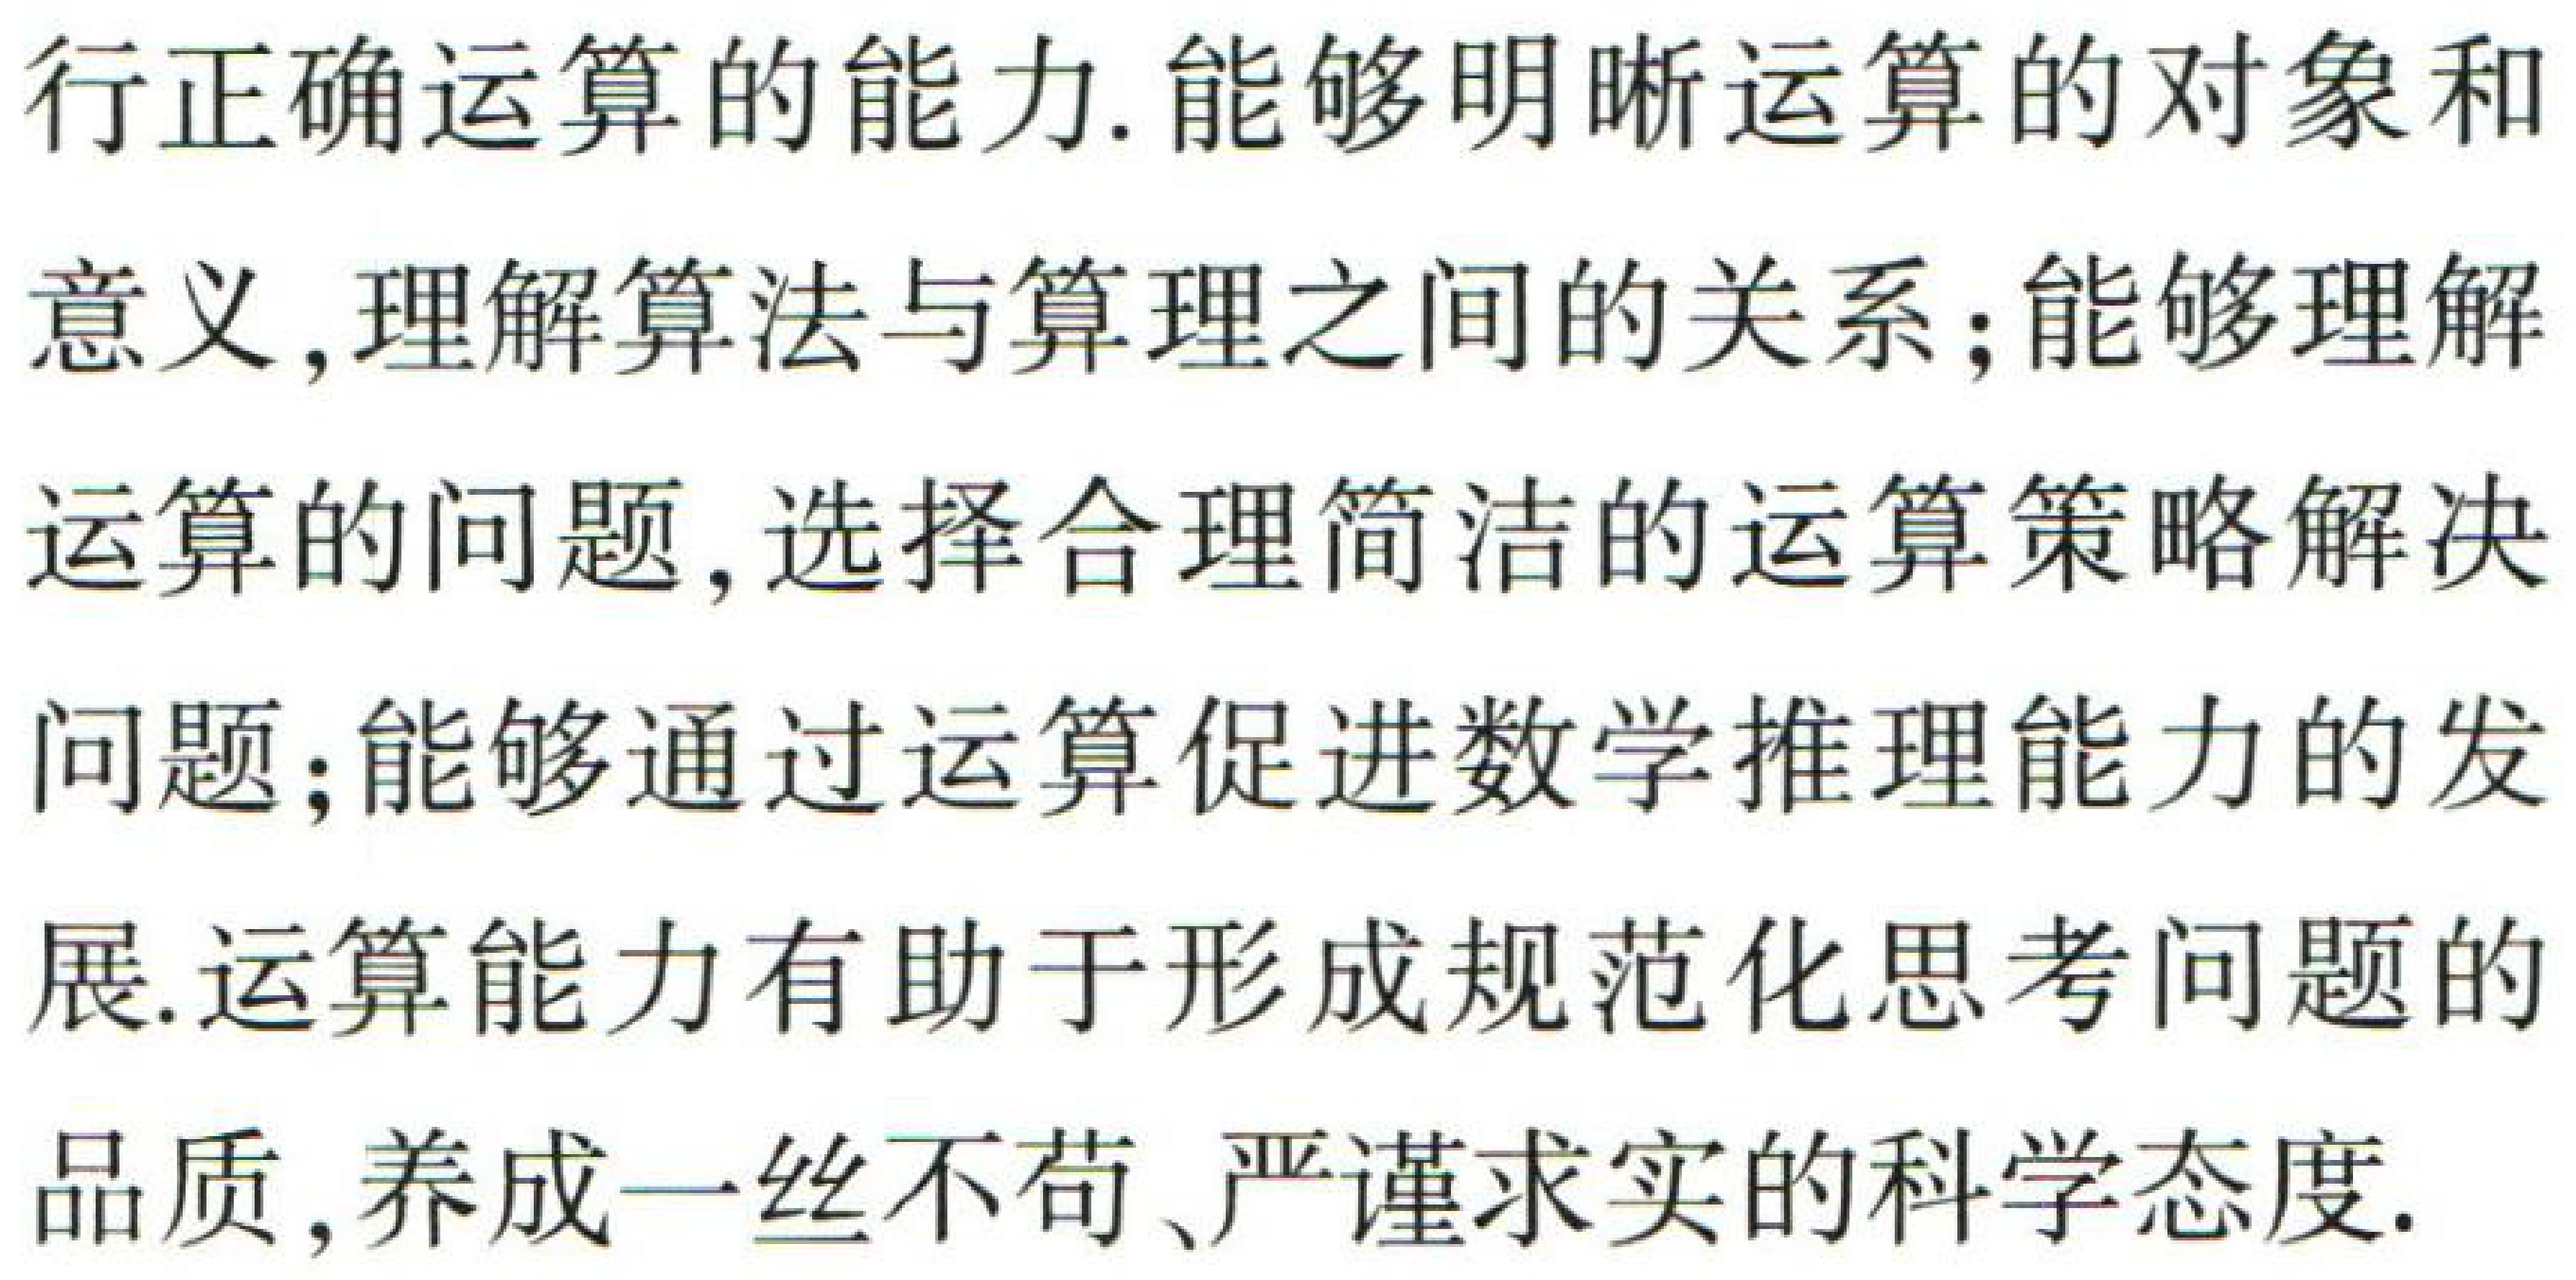
行正确运算的能力.能够明晰运算的对象和
意义,理解算法与算理之间的关系;能够理解
运算的问题,选择合理简洁的运算策略解决
问题;能够通过运算促进数学推理能力的发
展.运算能力有助于形成规范化思考问题的
品质,养成一丝不苟、严谨求实的科学态度.